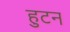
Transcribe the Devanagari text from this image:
हुटन